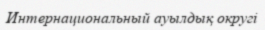
Интернациональный ауылдық округі